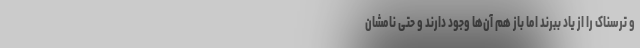
و ترسناک را از یاد ببرند اما باز هم آن‌ها وجود دارند و حتی نامشان